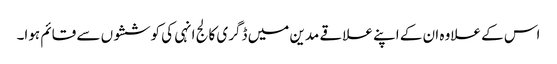
اس کے علاوہ ان کے اپنے علاقے مدین میں ڈگری کالج انہی کی کوششوں سے قائم ہوا۔